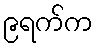
၉ရက်က